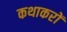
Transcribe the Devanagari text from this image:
कथाकरों